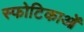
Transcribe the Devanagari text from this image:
स्फोटिकाओं